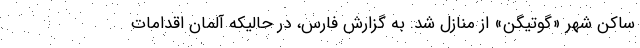
ساکن شهر «گوتیگن» از منازل شد. به گزارش فارس، در حالیکه آلمان اقدامات